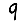
Digit: 9